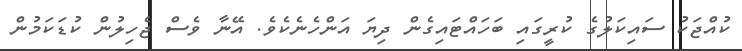
ކުއްޖަކު ސައިކަލުގެ ކުރީގައި ބަހައްޓައިގެން ދިޔަ އަންހެނެކެވެ. އޭނާ ވެސް ޖެހިލުން ކުޑަކަމުން